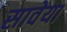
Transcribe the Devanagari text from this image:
सावेया